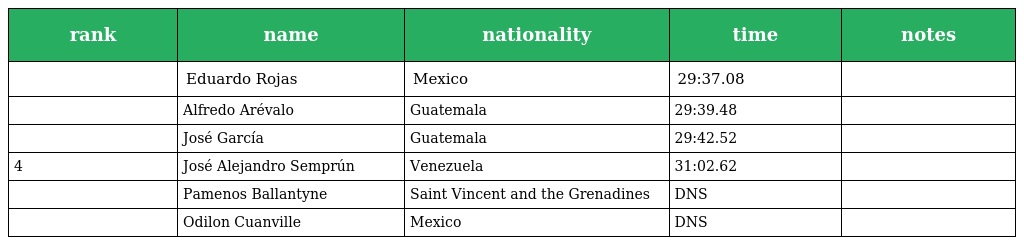
| rank | name | nationality | time | notes |
 | --- | --- | --- | --- | --- |
 |  | Eduardo Rojas | Mexico | 29:37.08 |  |
 |  | Alfredo Arévalo | Guatemala | 29:39.48 |  |
 |  | José García | Guatemala | 29:42.52 |  |
 | 4 | José Alejandro Semprún | Venezuela | 31:02.62 |  |
 |  | Pamenos Ballantyne | Saint Vincent and the Grenadines | DNS |  |
 |  | Odilon Cuanville | Mexico | DNS |  |